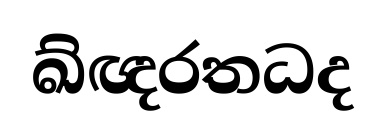
ඛ්ඥරතධද